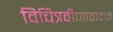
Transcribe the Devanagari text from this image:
विचित्रवीणावादक